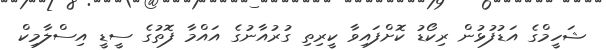
ޝަހީމްގެ އަޑުފުޅުން ރިކޯޑު ކޮށްފައިވާ ކީރިތި ގުރުއާނުގެ އައްމާ ފޮތުގެ ސީޑީ އިސްލާމިކް